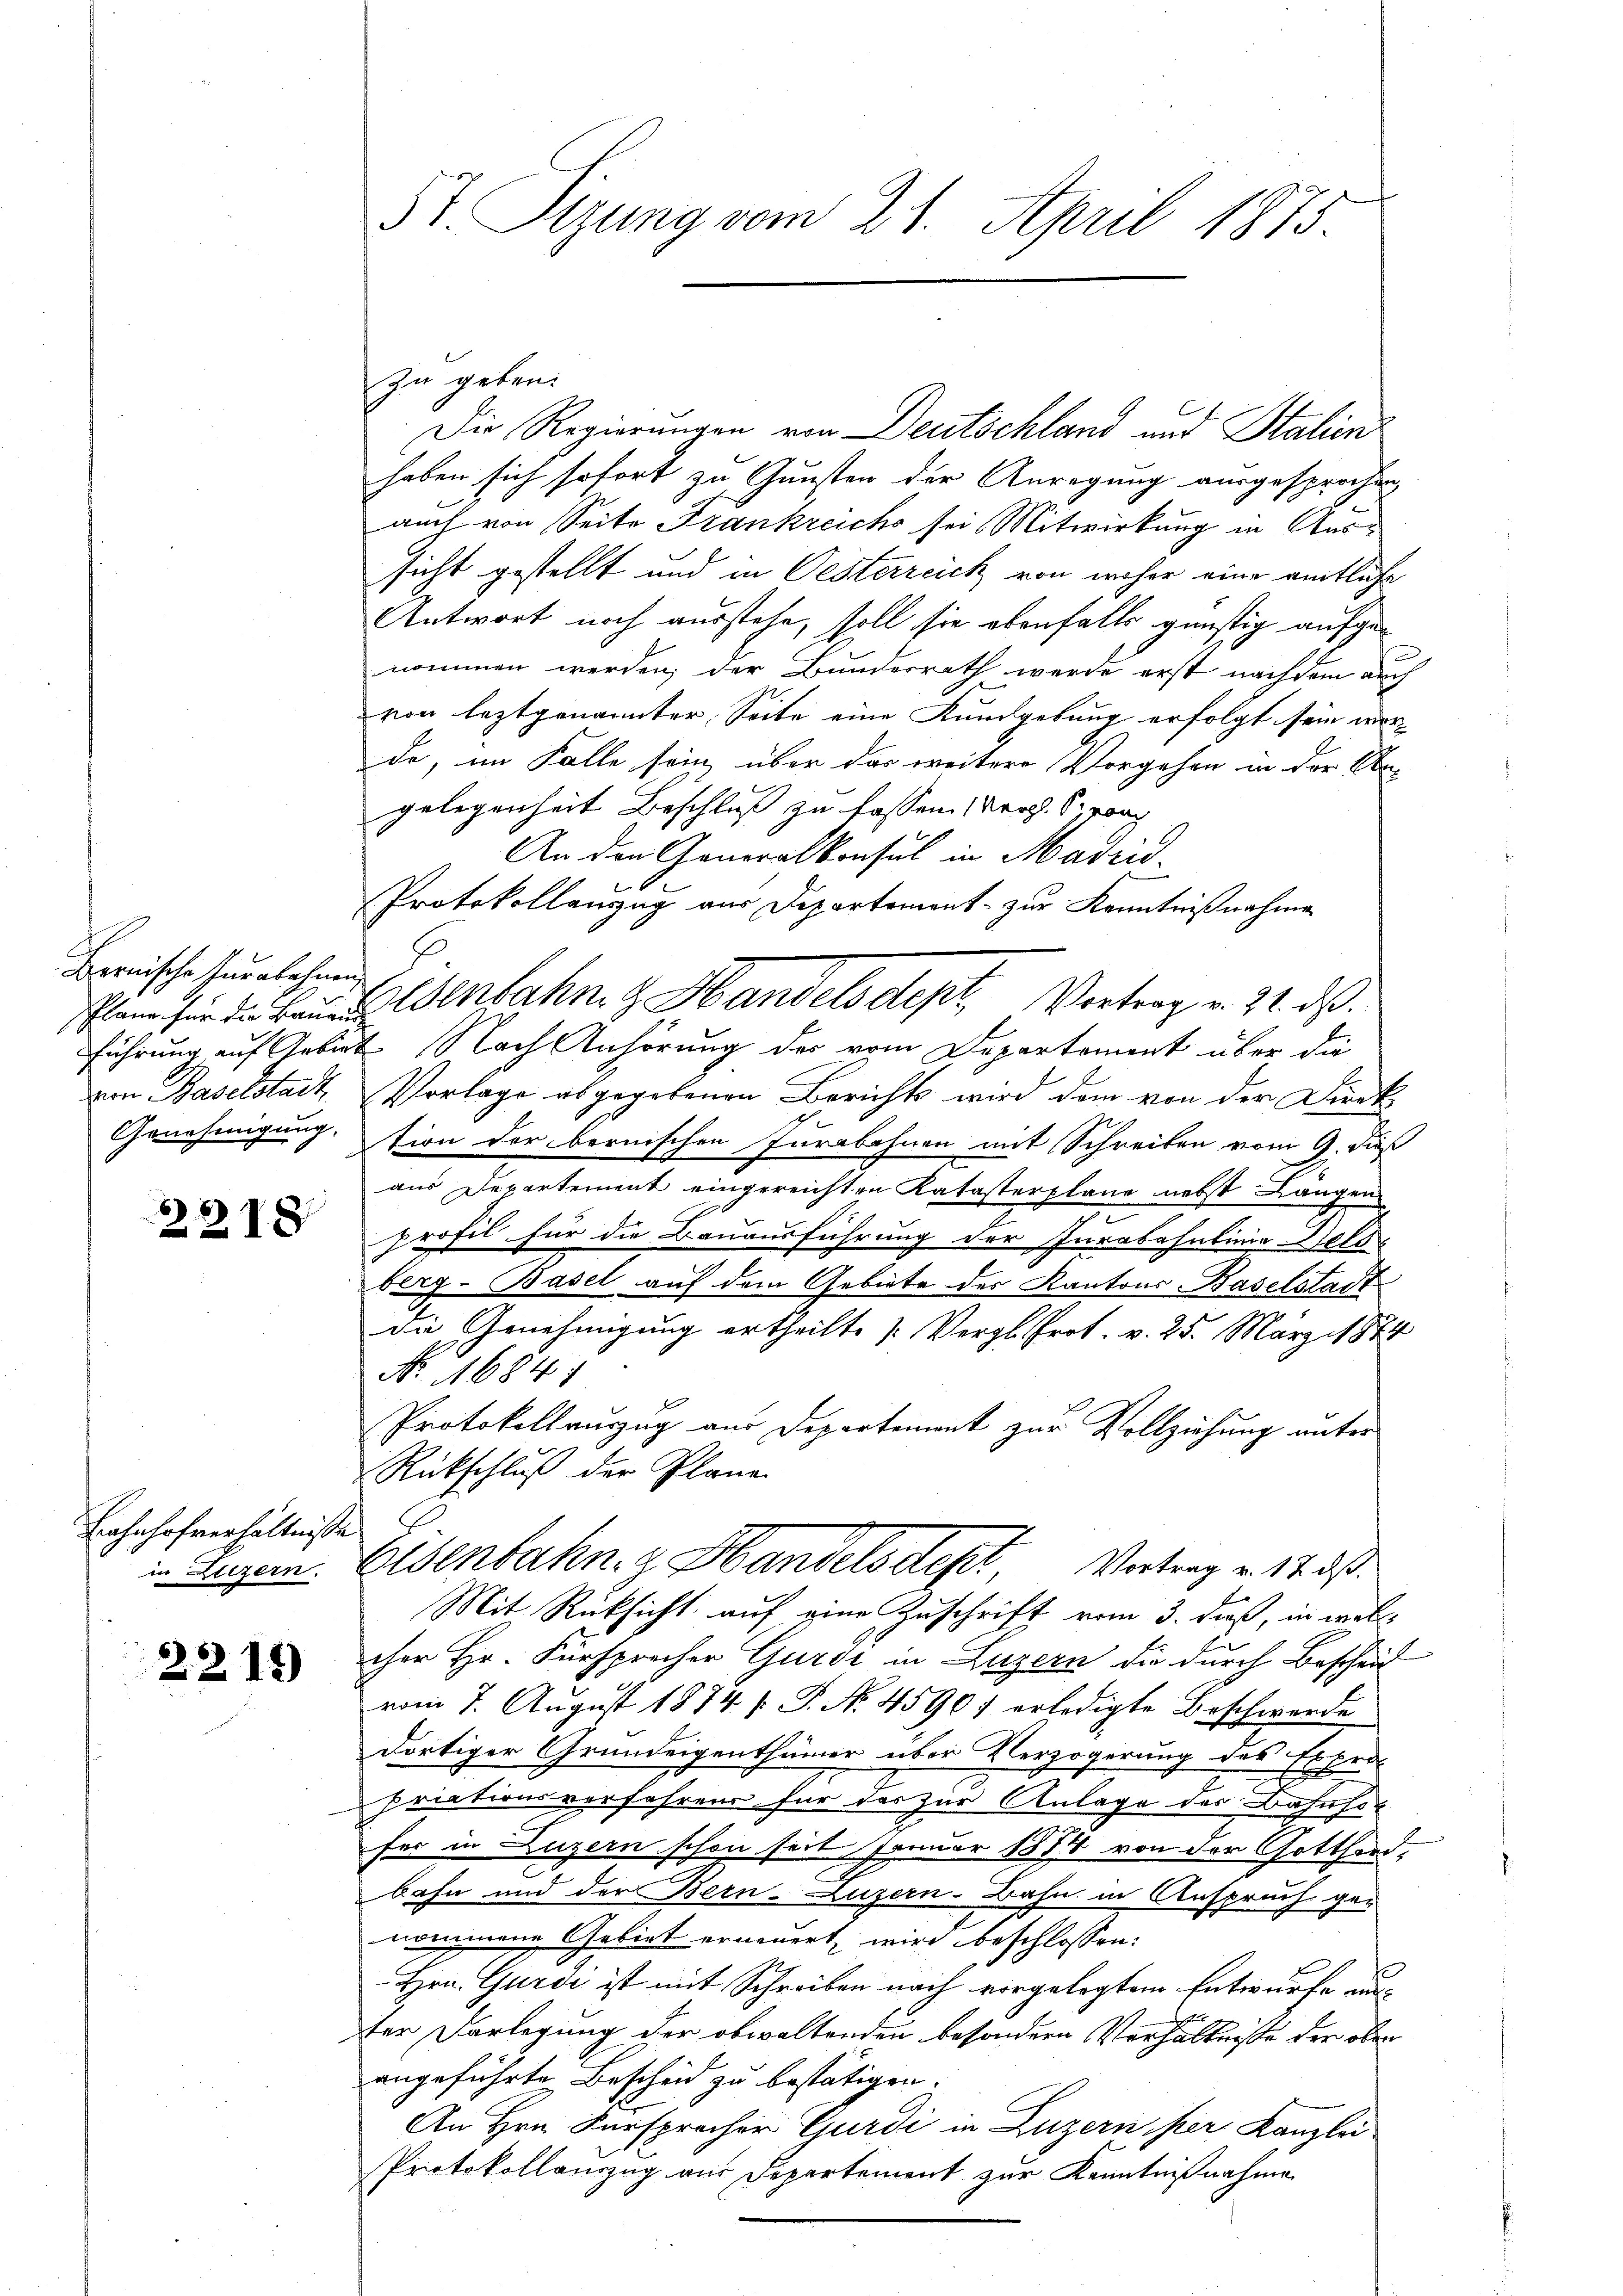
Bernische Zurabahnen
von Baselstadt

2218

Bahnhofverhältnisse
in Liezern.

2215)

57. Sizung vom 21. April 1875.

zu geben.
Die Regierungen von Deutschland und Stalient
haben sich sofort zu Gunsten der Anregung ausgesprochen
auch von Seite Frankreichs sei Mitwirkung in Aus-
sicht gestellt und in Oesterreich von woher eine amtliche
Antwort noch ausstehe, soll sie ebenfalls günstig aufgenommen werden; der Bundesrath werde erst nachdem auch
von leztgenannter Seite eine Kundgebung erfolgt sein wor-
de, im Falle sein, über das weitere Vorgehen in der An-
gelegenheit Beschluß zu fassen Vergl. S. von
An den Generalkonsul in Madrid.
Protokollauszug aus Departemont zur Kenntnißnahme
laneser die Bauer Wenbahn. Handelsdept, Vortrag v. 21. ds.
führung auf Geburt Nach Anhörung des vom Departement über die
Vorlage abgegebenen Berichts wird dem von der Direk¬
Genehmigung. tion der bernischen Jurabahnen mit Schreiben vom 9. daß
aus Departement eingereichten Katasterplane nebst Längen
profil für die Bauausführung der Jurabahnlinie Geld-
berg-Basel auf dem Gebiete des Kantons Baselstadt
die Genehmigung ertheilte [Vergl. Prot. v. 25. März 1874
No. 1684/
Protokollauszug aus Departement zur Vollziehung unter
Rückschluß der Plane
Eisenbahn. Handelsdept, Vortrag v. 17. ds.
Mit Rüksicht auf eine Zuschrift vom 3. dieß, in woll
cher Hr. Fürsprecher Gurdi in Luzern die durch Beschärft
vom 7. August 1874 f. P. No. 45907 erledigte Beschwerde
dortiger Grundeigenthümer über Verzögerung des Expro-
priationsverfahrens für das zur Anlage der Bahnho
fer in Luzern schon seit Januar 1854 von der Gotthard,
bahn und der Bern. Luzern Bahn in Anspruch genommene Gebiet erneuert, wird beschlossen:
Hrn. Gurdi ist mit Schreiben nach vorgelegtem Entwurfe auster Vorlegung der obwaltenden besondern Verhältnisse der oben
angeführte Bescheid zu bestätigen.
An Hrn. Fürsprecher Gurdi in Luzern per Kanzlei
Protokollauszug aus Departement zur Kenntnißnahme